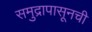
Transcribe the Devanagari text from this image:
समुद्रापासूनची